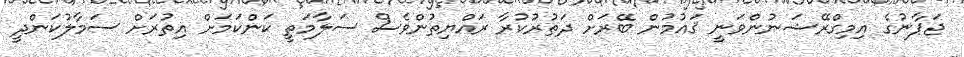
ޖަޕާނުގެ އިމިގްރޭޝަނުންވަނީ ޤައުމުން ބޭރަށް ދަތުރުކުރާ ރައްޔިތުންވެސް ސަލާމަތީ ކަންކަމަށް އިތުރަށް ސަމާލުކަންދީ